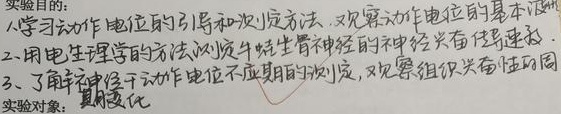
实验目的：
1. 学习动作电位的引导和测定方法，观察动作电位的基本波形。
2. 用电生理学的方法测定牛蛙坐骨神经的神经兴奋传导速度。
3. 了解神经干动作电位不应期的测定，观察组织兴奋性周期变化。